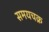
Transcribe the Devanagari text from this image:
समयचक्र